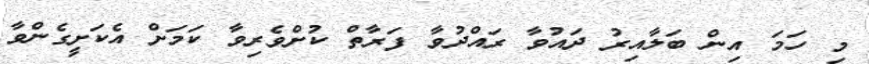
މި ހަމަ އިން ބަލާއިރު ދައުވާ ރައްދުވާ ފަރާތް ކުށްވެރިވާ ކަމަށް އެކަށީގެންވާ